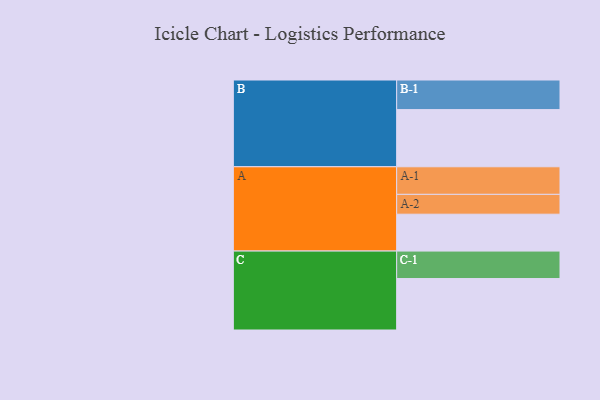
{"axis": {"x": "Segment", "y": "Value"}, "legend": ["", "A", "B", "C"], "data": [{"x": "A", "y": 329, "type": ""}, {"x": "B", "y": 510, "type": ""}, {"x": "C", "y": 459, "type": ""}, {"x": "A-1", "y": 246, "type": "A"}, {"x": "A-2", "y": 177, "type": "A"}, {"x": "B-1", "y": 264, "type": "B"}, {"x": "C-1", "y": 245, "type": "C"}]}